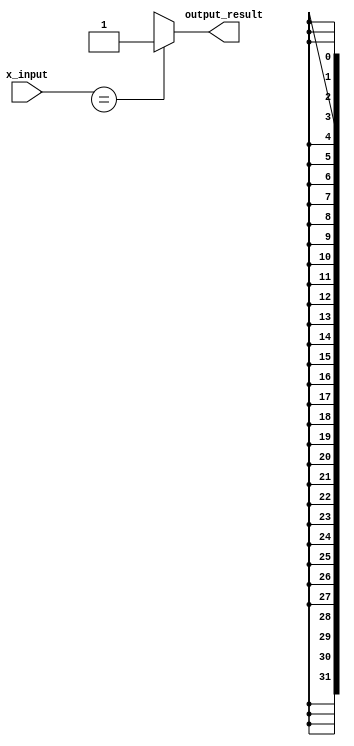
module x_based_case_statement (
    input wire x_input,
    output reg output_result
);

always @ (*) begin
    case (x_input)
        'bx:
            output_result <= 1; // Behavior for unknown value
        'b0:
            output_result <= 0; // Behavior for logic '0'
        'b1:
            output_result <= 1; // Behavior for logic '1'
        default:
            output_result <= 0; // Default behavior
    endcase
end

endmodule